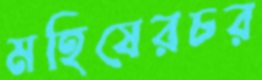
মহিষেরচর